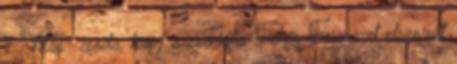
? Világ- csoda, hogy a zseniális Fehér Ferenc-et elszorult